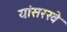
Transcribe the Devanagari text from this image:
यांसरखे